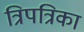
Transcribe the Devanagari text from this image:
त्रिपत्रिका